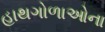
હાથગોળાઓના